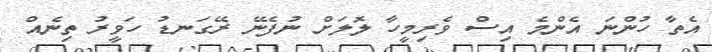
އެތާ ހުންނަ އެންމެ އިސް ވެރިމީހާ ލޮލަށް ނުފެނޭ ރޭގަނޑު ހަވީރު ތިނެއް